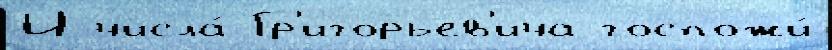
И числа́ Гр'игорьев'ича госпожи́